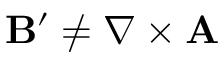
\mathbf { B } ^ { \prime } \neq \nabla \times \mathbf { A }